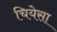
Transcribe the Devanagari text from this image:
चियेसा